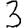
Digit: 3